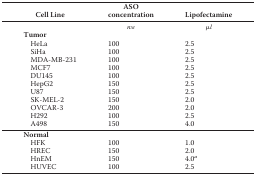
<table><thead><tr><td><b>Cell Line</b></td><td><b>ASO concentration</b></td><td><b>Lipofectamine</b></td></tr></thead><tbody><tr><td></td><td><i>nm</i></td><td>μ<i>l</i></td></tr><tr><td><b>Tumor</b></td><td></td><td></td></tr><tr><td>HeLa</td><td>100</td><td>2.5</td></tr><tr><td>SiHa</td><td>100</td><td>2.5</td></tr><tr><td>MDA-MB-231</td><td>100</td><td>2.5</td></tr><tr><td>MCF7</td><td>100</td><td>2.5</td></tr><tr><td>DU145</td><td>100</td><td>2.5</td></tr><tr><td>HepG2</td><td>150</td><td>2.5</td></tr><tr><td>U87</td><td>150</td><td>2.5</td></tr><tr><td>SK-MEL-2</td><td>150</td><td>2.0</td></tr><tr><td>OVCAR-3</td><td>200</td><td>2.0</td></tr><tr><td>H292</td><td>100</td><td>2.5</td></tr><tr><td>A498</td><td>150</td><td>4.0</td></tr><tr><td><b>Normal</b></td><td></td><td></td></tr><tr><td>HFK</td><td>100</td><td>1.0</td></tr><tr><td>HREC</td><td>150</td><td>2.0</td></tr><tr><td>HnEM</td><td>150</td><td>4.0<i><sup>a</sup></i></td></tr><tr><td>HUVEC</td><td>100</td><td>2.5</td></tr></tbody></table>